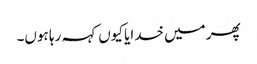
پھر میں خدایا کیوں کہہ رہا ہوں۔